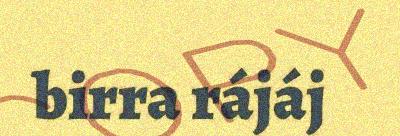
birra rájáj